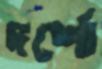
দর্শো